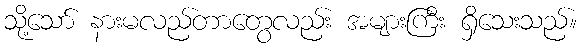
သို့သော် နားမလည်တာတွေလည်း အများကြီး ရှိသေးသည်။